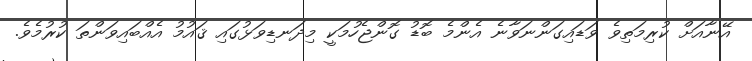
އޭނާއަށް ކުރިމަތިވެ ވަޑައިގަންނަވާނެ އެންމެ ބޮޑު ގޮންޖެހުމަކީ މިދަނޑިވަޅުގައި ޤައުމު އެއްބައިވަންތަ ކުރުމެވެ.